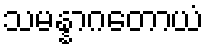
သမန္နာဂတောယံ